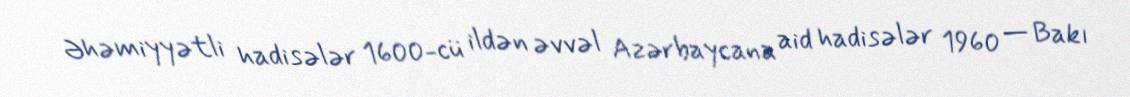
Əhəmiyyətli hadisələr 1600-cü ildən əvvəl Azərbaycana aid hadisələr 1960 — Bakı